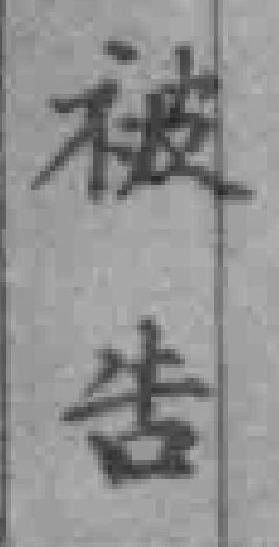
被告